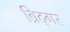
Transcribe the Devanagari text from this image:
ब्रिद्गर